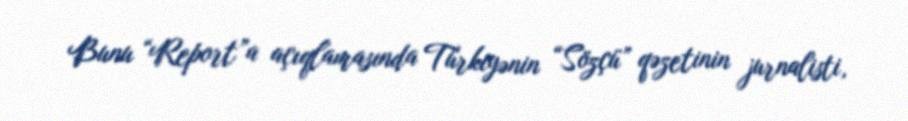
Bunu “Report”a açıqlamasında Türkiyənin “Sözçü” qəzetinin jurnalisti,